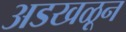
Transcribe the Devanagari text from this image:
अडखळून